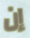
إن